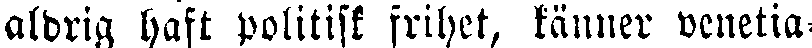
aldrig haft politisk frihet, känner venetia-